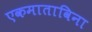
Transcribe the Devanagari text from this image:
एकमाताविना